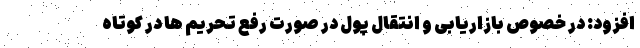
افزود: در خصوص بازاریابی و انتقال پول در صورت رفع تحریم ها در کوتاه